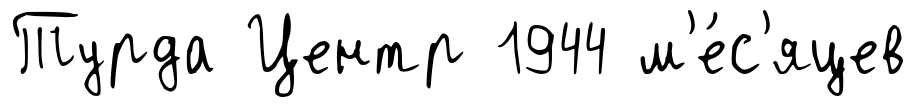
Турда Центр 1944 м'е́с'яцев